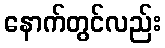
နောက်တွင်လည်း